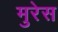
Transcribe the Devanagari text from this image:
मुरेस